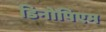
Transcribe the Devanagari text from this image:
डिनोपिएम